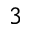
^ 3